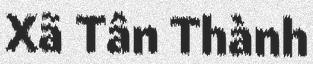
Xã Tân Thành